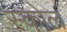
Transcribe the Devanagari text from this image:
स्कोल